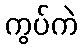
ကွပ်ကဲ